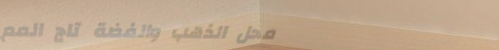
محل الذهب والفضة تاج المم